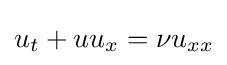
\displaystyle u_{t}+uu_{x}=\nu u_{xx}